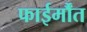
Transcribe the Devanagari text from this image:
फाईर्मौंत